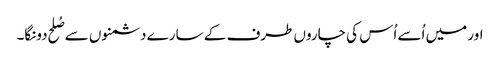
اور میں اُسے اُس کی چاروں طرف کے سارے دشمنوں سے صُلح دونگا۔